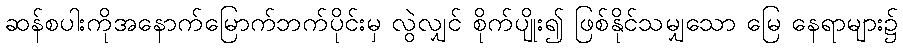
ဆန်စပါးကိုအနောက်မြောက်ဘက်ပိုင်းမှ လွဲလျှင် စိုက်ပျိုး၍ ဖြစ်နိုင်သမျှသော မြေ နေရာများ၌